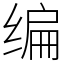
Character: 编